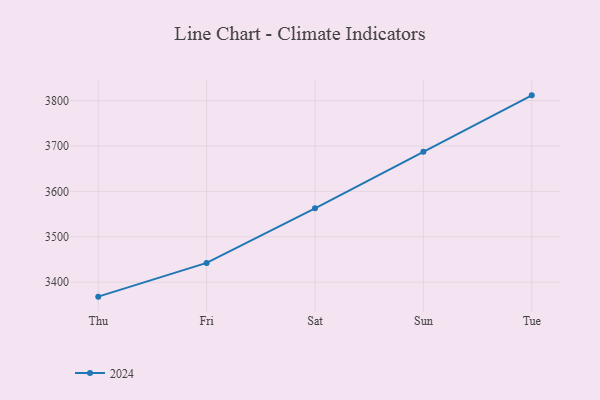
{"axis": {"x": "Day", "y": "Headcount"}, "legend": ["2024"], "data": [{"x": "Thu", "y": 3368.1, "type": "2024"}, {"x": "Fri", "y": 3442.4, "type": "2024"}, {"x": "Sat", "y": 3562.7, "type": "2024"}, {"x": "Sun", "y": 3687.5, "type": "2024"}, {"x": "Tue", "y": 3811.6, "type": "2024"}]}